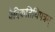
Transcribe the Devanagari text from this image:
वैदिकतिथिपत्रम्